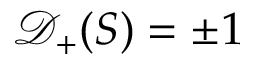
\mathcal { D } _ { + } ( S ) = \pm 1